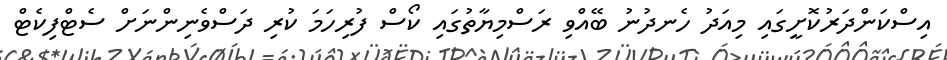
އިސްކަންދަރުކޮށީގައި މިއަދު ހެނދުނު ބޭއްވި ރަސްމިޔާތުގައި ކޯސް ފުރިހަމަ ކުރި ދަސްވެނިންނަށް ސެޓްފިކެޓް